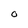
Character: O